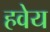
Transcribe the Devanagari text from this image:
हवेय